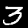
Digit: 3